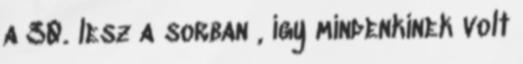
a 30. lesz a sorban , így mindenkinek volt